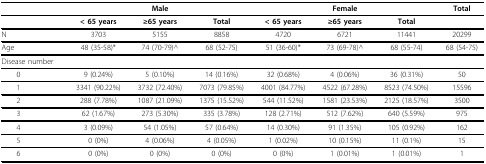
<table><thead><tr><td></td><td colspan="3"><b>Male</b></td><td colspan="3"><b>Female</b></td><td><b>Total</b></td></tr></thead><tbody><tr><td></td><td><b>&lt; 65 years</b></td><td><b>≥65 years</b></td><td><b>Total</b></td><td><b>&lt; 65 years</b></td><td><b>≥65 years</b></td><td><b>Total</b></td><td></td></tr><tr><td>N</td><td>3703</td><td>5155</td><td>8858</td><td>4720</td><td>6721</td><td>11441</td><td>20299</td></tr><tr><td>Age</td><td>48 (35-58)*</td><td>74 (70-79)^</td><td>68 (52-75)</td><td>51 (36-60)*</td><td>73 (69-78)^</td><td>68 (55-74)</td><td>68 (54-75)</td></tr><tr><td>Disease number</td><td></td><td></td><td></td><td></td><td></td><td></td><td></td></tr><tr><td> 0</td><td>9 (0.24%)</td><td>5 (0.10%)</td><td>14 (0.16%)</td><td>32 (0.68%)</td><td>4 (0.06%)</td><td>36 (0.31%)</td><td>50</td></tr><tr><td> 1</td><td>3341 (90.22%)</td><td>3732 (72.40%)</td><td>7073 (79.85%)</td><td>4001 (84.77%)</td><td>4522 (67.28%)</td><td>8523 (74.50%)</td><td>15596</td></tr><tr><td> 2</td><td>288 (7.78%)</td><td>1087 (21.09%)</td><td>1375 (15.52%)</td><td>544 (11.52%)</td><td>1581 (23.53%)</td><td>2125 (18.57%)</td><td>3500</td></tr><tr><td> 3</td><td>62 (1.67%)</td><td>273 (5.30%)</td><td>335 (3.78%)</td><td>128 (2.71%)</td><td>512 (7.62%)</td><td>640 (5.59%)</td><td>975</td></tr><tr><td> 4</td><td>3 (0.09%)</td><td>54 (1.05%)</td><td>57 (0.64%)</td><td>14 (0.30%)</td><td>91 (1.35%)</td><td>105 (0.92%)</td><td>162</td></tr><tr><td> 5</td><td>0 (0%)</td><td>4 (0.06%)</td><td>4 (0.05%)</td><td>1 (0.02%)</td><td>10 (0.15%)</td><td>11 (0.1%)</td><td>15</td></tr><tr><td> 6</td><td>0 (0%)</td><td>0 (0%)</td><td>0 (0%)</td><td>0 (0%)</td><td>1 (0.01%)</td><td>1 (0.01%)</td><td>1</td></tr></tbody></table>